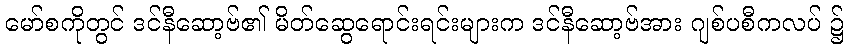
မော်စကိုတွင် ဒင်နီဆော့ဗ်၏ မိတ်ဆွေရောင်းရင်းများက ဒင်နီဆော့ဗ်အား ဂျစ်ပစီကလပ် ၌